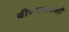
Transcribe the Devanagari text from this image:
बी०एस०सी